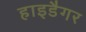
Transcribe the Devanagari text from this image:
हाइडैगर